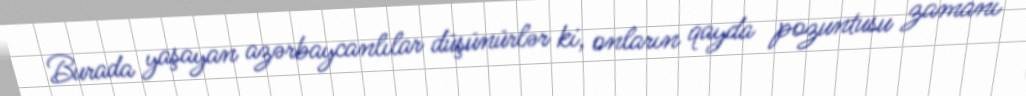
Burada yaşayan azərbaycanlılar düşünürlər ki, onların qayda pozuntusu zamanı